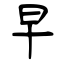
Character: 早